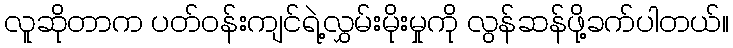
လူဆိုတာက ပတ်ဝန်းကျင်ရဲ့လွှမ်းမိုးမှုကို လွန်ဆန်ဖို့ခက်ပါတယ်။